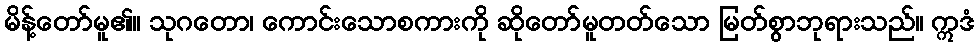
မိန့်တော်မူ၏။ သုဂတော၊ ကောင်းသောစကားကို ဆိုတော်မူတတ်သော မြတ်စွာဘုရားသည်။ ဣဒံ